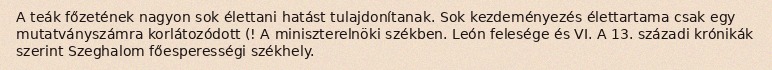
A teák főzetének nagyon sok élettani hatást tulajdonítanak. Sok kezdeményezés élettartama csak egy mutatványszámra korlátozódott (! A miniszterelnöki székben. León felesége és VI. A 13. századi krónikák szerint Szeghalom főesperességi székhely.